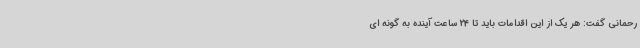
رحمانی گفت: هر یک از این اقدامات باید تا 24 ساعت آینده به گونه ای